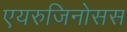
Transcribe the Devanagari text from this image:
एयरुजिनोसस